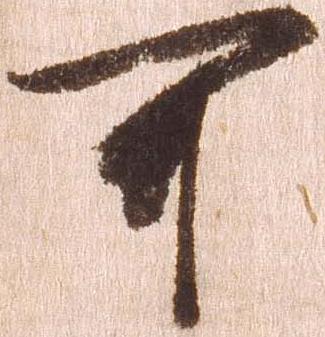
可